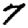
Digit: 7